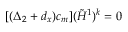
[ ( \Delta _ { 2 } + d _ { x } ) c _ { m } ] ( { \tilde { H } } ^ { 1 } ) ^ { k } = 0